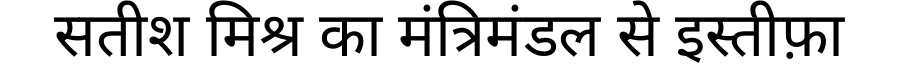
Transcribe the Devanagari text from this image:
सतीश मिश्र का मंत्रिमंडल से इस्तीफ़ा